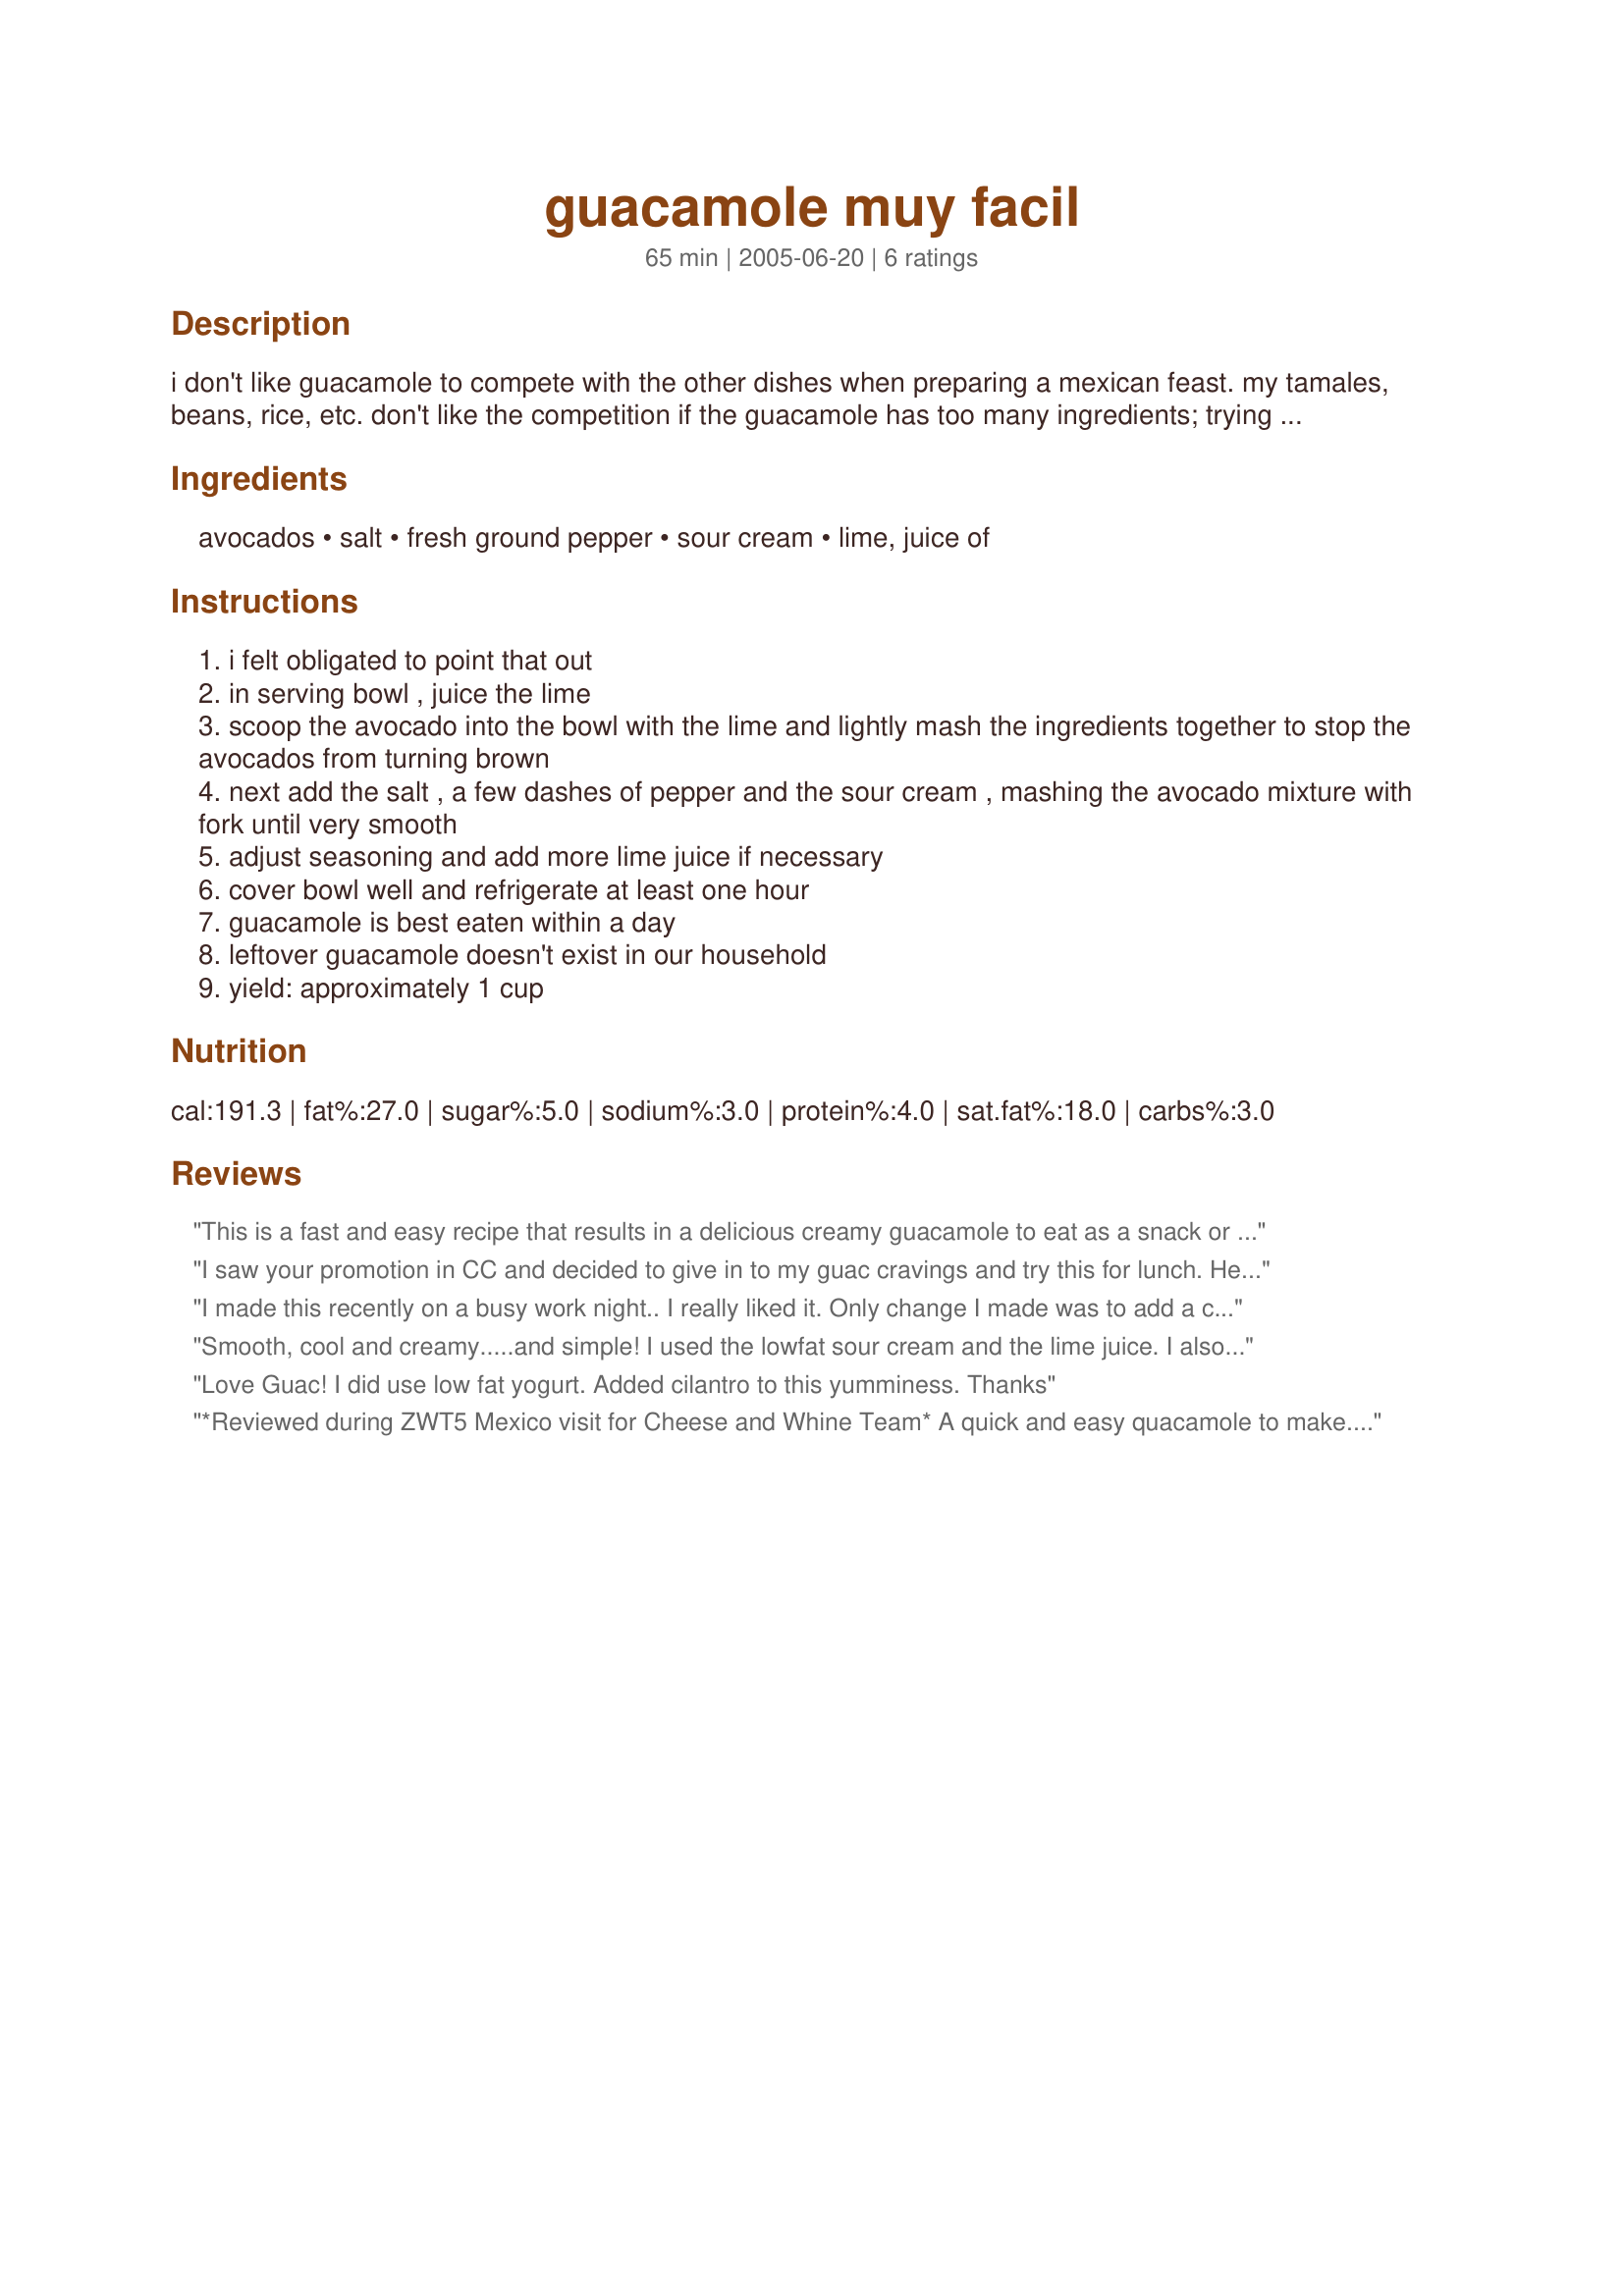
guacamole muy facil
Preparation time: 65 minutes

i don't like guacamole to compete with the other
dishes when preparing a mexican feast. my tamales, beans, rice, etc. don't like the competition if the guacamole
has too many ingredients; trying to steal the limelight. this is a condiment that i can throw together with very few ingredients, substituting as necessary. no chunky guacamole for me, this is creamy, delicious and simple!

Ingredients:
avocados, salt, fresh ground pepper, sour cream, lime, juice of

Steps:
i felt obligated to point that out
in serving bowl , juice the lime
scoop the avocado into the bowl with the lime and lightly mash the ingredients together to stop the avocados from turning brown
next add the salt , a few dashes of pepper and the sour cream , mashing the avocado mixture with fork until very smooth
adjust seasoning and add more lime juice if necessary
cover bowl well and refrigerate at least one hour
guacamole is best eaten within a day
leftover guacamole doesn't exist in our household
yield: approximately 1 cup

Reviews:
This is a fast and easy recipe that results in a delicious creamy guacamole to eat as a snack or as an accompaniment to a whole mexican meal! This recipe lets the fresh taste of the avocado shine through. Thank you for sharing your recipe!
I saw your promotion in CC and decided to give in to my guac cravings and try this for lunch. Hey! It's my birthday! I can eat anything I want for lunch, right? LOL I do like a chunky guac and didn't blend this to the smoothy goodness suggested. I also like the onions, peppers and tomatoes of traditional guac, and worried that I would miss them. Therefore, I subbed cayenne pepper for the fresh ground black pepper to up the kick just a bit. I used the plain nonfat yogurt option, and found it lent a good flavor to the mix. This was indeed muy facil and such a simple treat.
I made this recently on a busy work night.. I really liked it. Only change I made was to add a clove of crushed garlic to give it a bit of heat. Thanks so much for sharing!
Smooth, cool and creamy.....and simple! I used the lowfat sour cream and the lime juice. I also added a bit of chopped cilantro. This is great with quesadillas or any Mexican meal, but also has endless possibilities. Tastes great as a baked potato topper or as a sandwich/wrap spread instead of mayo. Thanx for a versatile guacamole recipe. I'll whip this up often.
Love Guac! I did use low fat yogurt. Added cilantro to this yumminess. Thanks
*Reviewed during ZWT5 Mexico visit for Cheese and Whine Team* A quick and easy quacamole to make. I used sour cream in my quac and garnished with a sprinkle of Mexican chile powder. A good basic quacamole recipe that you could add to if you wish .Photo also being posted.
